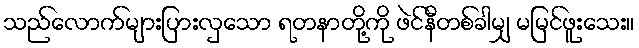
သည်လောက်များပြားလှသော ရတနာတို့ကို ဖဲင်နီတစ်ခါမျှ မမြင်ဖူးသေး။